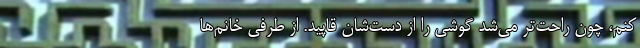
کنم، چون راحت‌تر می‌شد گوشی را از دست‌شان قاپید. از طرفی خانم‌ها